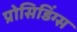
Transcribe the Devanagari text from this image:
प्रोसिडिंग्स